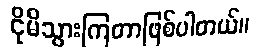
ငိုမိသွားကြတာဖြစ်ပါတယ်။